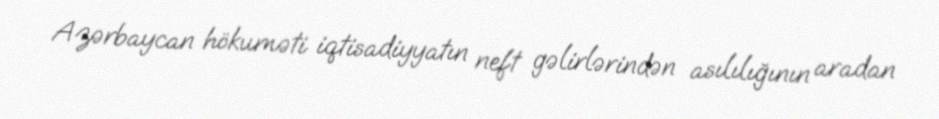
Azərbaycan hökuməti iqtisadiyyatın neft gəlirlərindən asılılığının aradan